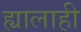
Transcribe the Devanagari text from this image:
ह्यालाही